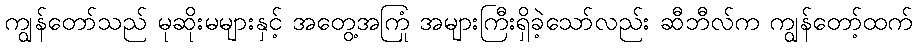
ကျွန်တော်သည် မုဆိုးမများနှင့် အတွေ့အကြုံ အများကြီးရှိခဲ့သော်လည်း ဆီဘီလ်က ကျွန်တော့်ထက်